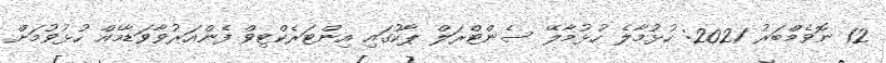
12 ނޮވެމްބަރު 2021: ހުޅުމާލެ ހުޅުމާލޭ ސެންޓްރަލް ޕާކުގައި އިންޓަރެކްޓިވް ފެންއަރުވާވަޑާމެއް ހުޅުވުމަށް